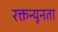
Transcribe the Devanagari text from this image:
रक्तन्यूनता